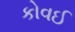
કોવઈ